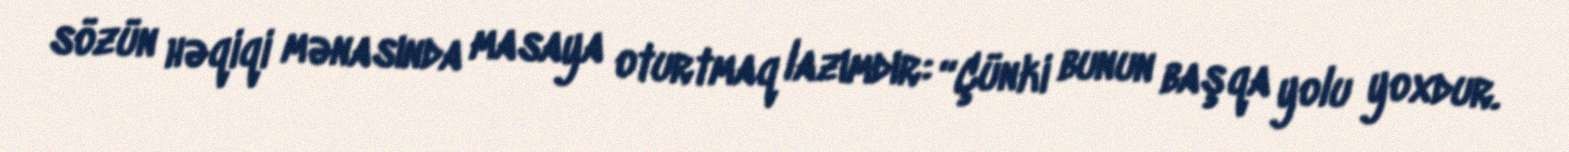
sözün həqiqi mənasında masaya oturtmaq lazımdır: “Çünki bunun başqa yolu yoxdur.